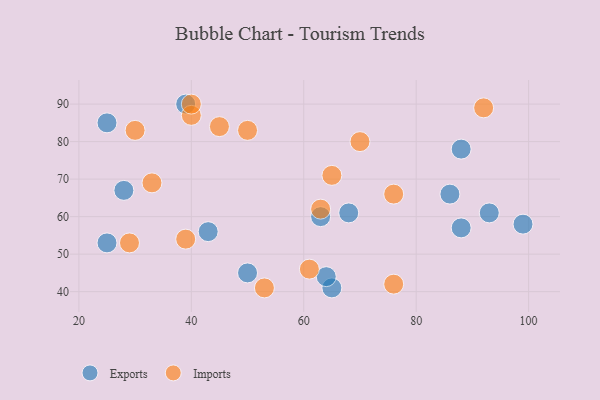
{"axis": {"x": "GDP", "y": "Life Expectancy"}, "legend": ["Exports", "Imports"], "data": [{"x": "68", "y": 61, "type": "Exports"}, {"x": "65", "y": 41, "type": "Exports"}, {"x": "63", "y": 60, "type": "Exports"}, {"x": "64", "y": 44, "type": "Exports"}, {"x": "39", "y": 90, "type": "Exports"}, {"x": "25", "y": 53, "type": "Exports"}, {"x": "25", "y": 85, "type": "Exports"}, {"x": "50", "y": 45, "type": "Exports"}, {"x": "43", "y": 56, "type": "Exports"}, {"x": "93", "y": 61, "type": "Exports"}, {"x": "86", "y": 66, "type": "Exports"}, {"x": "99", "y": 58, "type": "Exports"}, {"x": "88", "y": 57, "type": "Exports"}, {"x": "88", "y": 78, "type": "Exports"}, {"x": "28", "y": 67, "type": "Exports"}, {"x": "70", "y": 80, "type": "Imports"}, {"x": "29", "y": 53, "type": "Imports"}, {"x": "63", "y": 62, "type": "Imports"}, {"x": "45", "y": 84, "type": "Imports"}, {"x": "61", "y": 46, "type": "Imports"}, {"x": "40", "y": 87, "type": "Imports"}, {"x": "39", "y": 54, "type": "Imports"}, {"x": "33", "y": 69, "type": "Imports"}, {"x": "30", "y": 83, "type": "Imports"}, {"x": "50", "y": 83, "type": "Imports"}, {"x": "76", "y": 66, "type": "Imports"}, {"x": "76", "y": 42, "type": "Imports"}, {"x": "40", "y": 90, "type": "Imports"}, {"x": "53", "y": 41, "type": "Imports"}, {"x": "92", "y": 89, "type": "Imports"}, {"x": "65", "y": 71, "type": "Imports"}]}